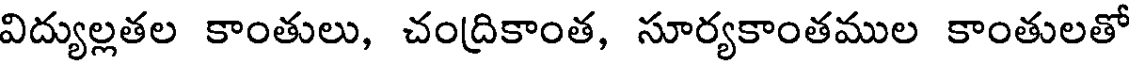
విద్యుల్లతల కాంతులు, చంద్రికాంత, సూర్యకాంతముల కాంతులతో